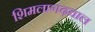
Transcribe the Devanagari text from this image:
शिमलागढ़वाल